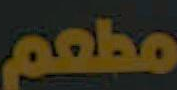
مطعم